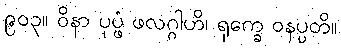
၉၀၃။ ဝိနာ ပုပ္ဖံ ဖလဂ္ဂါဟိ၊ ရုက္ခေ ဝနပ္ပတိ။